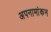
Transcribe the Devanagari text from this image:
अपनामांकन